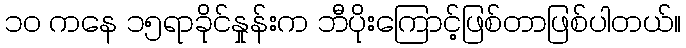
၁၀ ကနေ ၁၅ရာခိုင်နှုန်းက ဘီပိုးကြောင့်ဖြစ်တာဖြစ်ပါတယ်။